Civil Veterinary Department. United Provinces 1912-22 - 1912-1922
Year: 1912
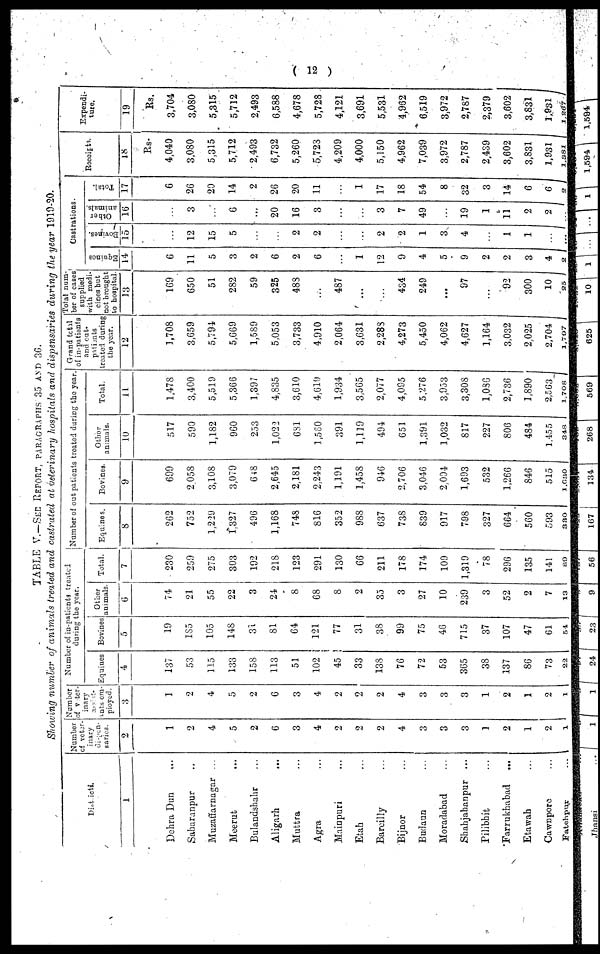
(12)
TABLE V.—SEE REPORT, PARAGRAPHS 35 AND 36.
Showing number of animals treated and castrated at veterinary hospitals and dispensaries during the year 1910-20.
Districti.
1
Dehra Dun ...
Saharanpur ...
Muzaffarnagar ...
Meerut ...
Bulandshahr ...
Aligarh ...
Muttra ...
Agra ...
Mainpuri ...
Etah ...
Bareilly ...
Bijnor ...
Budaun ...
Moradabad ...
Shahjahanpur
...
Pilibhit ...
Farrukhabad
...
Etawah ...
Cawnpore ...
Fatchpur ...
Number
of veter-
inary
saries.
2
1
2
4
5
2
6
3
4
2
2
2
4
3
3
3
1
2
1
2
1
Number
of v ter-
inary
ants em-
ployed.
3
1
2
4
5
2
6
3
4
2
2
2
4
3
3
3
1
2
1
2
1
Number of in-patients treated
during the year.
Equines
4
137
53
115
133
158
113
51
102
45
33
138
76
72
53
365
38
137
86
73
22
Bovines
0
10
1S5
105
14S
31
81
64
121
77
31
38
99
75
46
715
37
107
47
61
54
Other
animals.
6
74
21
55
22
3
24
8
68
8
2
35
3
27
10
239
3
52
2
7
13
Total.
7
230
259
275
303
192
218
123
291
130
66
211
178
174
109
1,319
78
296
135
141
80
Number of out patients troated during the year.
Equines.
8
262
752
1,229
1,327
496
1,168
748
810
352
988
G37
738
839
917
798
327
664
500
593
330
Bovines.
9
699
2 058
3,108
3,079
618
2,645
2.181
2,243
1,191
1,45S
946
2,706
3,046
2.004
1,693
532
1,266
840
515
1,630
Other
animals.
10
517
590
1,182
960
253
1,022
681
1,560
391
1,119
494
G51
1,391
1,032
817
227
800
484
1.455
348
Total.
11
1,478
3,400
5,519
5,366
1,397
4,835
3,610
4,619
1,934
3,565
2,077
4,095
5,276
3,953
3,308
1,086
2,736
1,890
2,563
1,708
Grand total
of in-patients
and cut.
puients
treated, during
the year.
12
1,708
3,659
5,794
5,669
1,589
5,053
3,733
4,910
2,064
3,631
2,283
4,273
5,450
4,062
4,627
1,104
3,032
2,025
2,704
1,707
Total num-
ber of cases
supplied
with medi-
cines but
not brought
to hospital.
13
169
650
51
282
59
325
488
...
487
...
...
434
249
...
97
...
92
300
10
25
Castrations.
Equines
14
6
11
5
3
2
6
2
6
...
1
12
9
4
5
9
2
2
3
4
2
Bovines.
15
...
12
15
5
...
...
2
2
...
...
2
2
1
3
4
...
1
1
...
...
Other
animals.
16
...
3
...
6
...
20
16
3
...
...
3
7
49
19
1
11
2
2
...
Total.
17
6
26
20
14
2
26
20
11
...
1
17
18
54
8
32
3
14
6
6
2
Receipts.
18
Rs.
4,040
3,080
5,315
5,712
2,493
6,732
5,260
5,723
4,209
4,000
5,150
4,962
7,039
3,972
2,787
2,439
3,602
3,831
1,931
1,381
Expendi-
ture.
19
Rs.
3,704
3,080
5,315
5,712
2,493
6,588
4,678
5,728
4,121
3,691
5,531
4,962
6,519
3,972
2,787
2,379
3,602
3,831
1,931
1,267